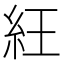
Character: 𥿁